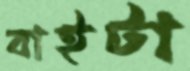
বাইটা